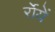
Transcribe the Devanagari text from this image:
र्रोयें